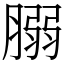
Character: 䐞